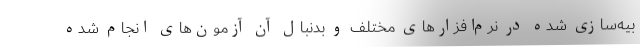
بیه‌سازی شده در نرم‌افزارهای مختلف و بدنبال آن آزمون‌های انجام شده